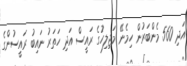
އަދި 560 މެންބަރުން ހިމެނޭ މަޖިލިހުގެ ރައީސް އަދި ހަތަރު ނައިބު ރައީސުންގެ